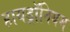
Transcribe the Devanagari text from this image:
हायड्रॉनियम